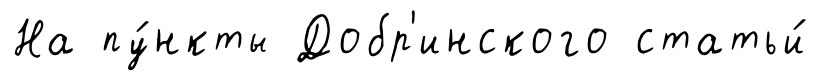
На пу́нкты Добр'инского статьи́